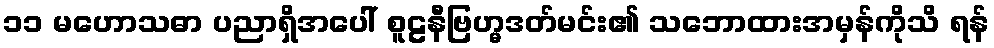
၁၁ မဟောသဓာ ပညာရှိအပေါ် စူဠနီဗြဟ္မဒတ်မင်း၏ သဘောထားအမှန်ကိုသိ ရန်